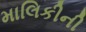
માલિકીની